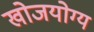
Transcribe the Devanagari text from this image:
खोजयोग्य